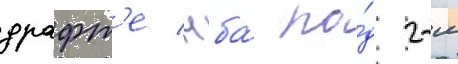
драфт'е нба́ по́д 2-м